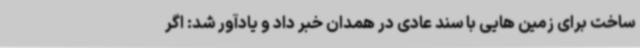
ساخت برای زمین هایی با سند عادی در همدان خبر داد و یادآور شد: اگر